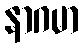
နာဂမာ